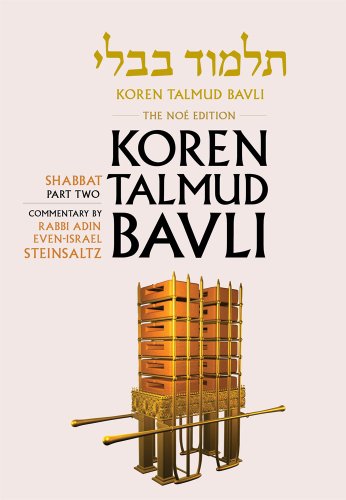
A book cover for Koren Talmud Bavli, Vol.3: Tractate Shabbat, Part 2 (English and Hebrew Edition); Adin Steinsaltz; Religion & Spirituality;